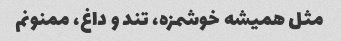
مثل همیشه خوشمزه، تند و داغ، ممنونم